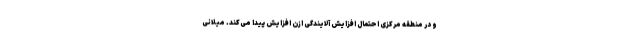
و در منطقه مرکزی احتمال افزایش آلایندگی ازن افزایش پیدا می‌کند. میلانی